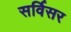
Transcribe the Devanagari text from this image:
सर्विसर